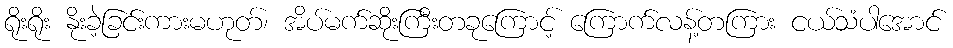
ရိုးရိုး နိုးခဲ့ခြင်းကားမဟုတ်၊ အိပ်မက်ဆိုးကြီးတခုကြောင့် ကြောက်လန့်တကြား ငယ်သံပါအောင်